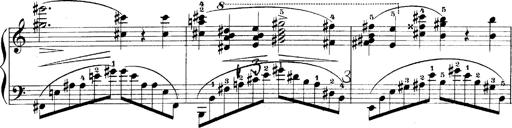
Title: LiebestrÃ¤ume
Composer: Franz Behr
Key: E-flat major